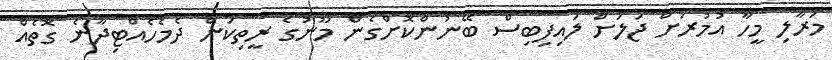
މަރާލި މީހާ އުމުރަށް ޖަލަށް ލައިފިބިސް ބޭނުންކޮށްގެން މޫނުގެ ރީތިކަން ދެމެހެއްޓިދާނެ ގޮތެއް